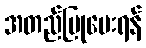
အတည်ပြုပေးရန်